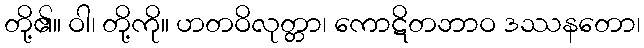
တို့၏။ ဝါ၊ တို့ကို။ ဟတဝိလုတ္တာ၊ ကောဋိတဘာဝ ဒဿနတော၊